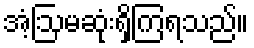
အံ့ဩမဆုံးရှိကြရသည်။